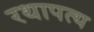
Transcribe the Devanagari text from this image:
रथापत्य